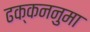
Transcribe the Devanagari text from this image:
ढक्कननुमा